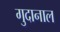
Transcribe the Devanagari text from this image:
गुदानाल